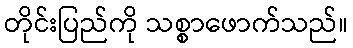
တိုင်းပြည်ကို သစ္စာဖောက်သည်။